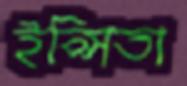
ইপ্সিতা